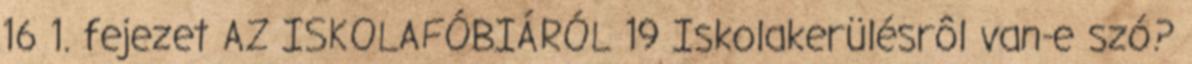
16 1. fejezet AZ ISKOLAFÓBIÁRÓL 19 Iskolakerülésrôl van-e szó?